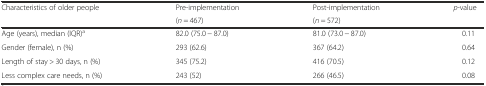
<table><thead><tr><td rowspan="2"><b>Characteristics of older people</b></td><td><b>Pre-implementation</b></td><td><b>Post-implementation</b></td><td rowspan="2"><b><i>p</i>-value</b></td></tr><tr><td><b>(<i>n</i> = 467)</b></td><td><b>(<i>n</i> = 572)</b></td></tr></thead><tbody><tr><td>Age (years), median (IQR)<sup>a</sup></td><td>82.0 (75.0 − 87.0)</td><td>81.0 (73.0 − 87.0)</td><td>0.11</td></tr><tr><td>Gender (female), n (%)</td><td>293 (62.6)</td><td>367 (64.2)</td><td>0.64</td></tr><tr><td>Length of stay &gt; 30 days, n (%)</td><td>345 (75.2)</td><td>416 (70.5)</td><td>0.12</td></tr><tr><td>Less complex care needs, n (%)</td><td>243 (52)</td><td>266 (46.5)</td><td>0.08</td></tr></tbody></table>